Civil Veterinary Dept. Assam report 1927-50 - 1927-1950
Year: 1927
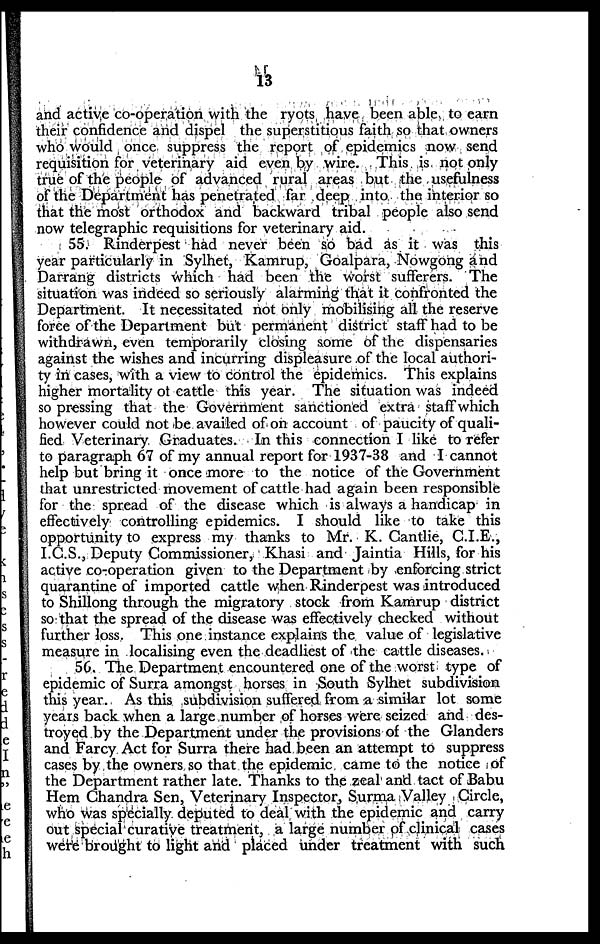
13
and active co-operation with the ryots have been able to earn
their confidence and dispel the superstitious faith so that owners
who would once suppress the report of epidemics now send
requisition for veterinary aid even by wire. This is not only
true of the people of advanced rural areas but the usefulness
of the Department has penetrated far deep into the interior so
that the most orthodox and backward tribal people also send
now telegraphic requisitions for veterinary aid.
55. Rinderpest had never been so bad as it was this
year particularly in Sylhet, Kamrup, Goalpara, Nowgong and
Darrang districts which had been the worst sufferers. The
situation was indeed so seriously alarming that it confronted the
Department. It necessitated not only mobilising all the reserve
force of the Department but permanent district staff had to be
withdrawn, even temporarily closing some of the dispensaries
against the wishes and incurring displeasure of the local authori-
ty in cases, with a view to control the epidemics. This explains
higher mortality of cattle this year. The situation was indeed
so pressing that the Government sanctioned extra staff which
however could not be availed of on account of paucity of quali-
fied Veterinary Graduates. In this connection I like to refer
to paragraph 67 of my annual report for 1937-38 and I cannot
help but bring it once more to the notice of the Government
that unrestricted movement of cattle had again been responsible
for the spread of the disease which is always a handicap in
effectively controlling epidemics. I should like to take this
opportunity to express my thanks to Mr. K. Cantlie, C.I.E.,
I.C.S., Deputy Commissioner, Khasi and Jaintia Hills, for his
active co-operation given to the Department by enforcing strict
quarantine of imported cattle when Rinderpest was introduced
to Shillong through the migratory stock from Kamrup district
so that the spread of the disease was effectively checked without
further loss. This one instance explains the value of legislative
measure in localising even the deadliest of the cattle diseases.
56. The Department encountered one of the worst type of
epidemic of Surra amongst horses in South Sylhet subdivision
this year. As this subdivision suffered from a similar lot some
years back when a large number of horses were seized and des-
troyed by the Department under the provisions of the Glanders
and Farcy Act for Surra there had been an attempt to suppress
cases by the owners so that the epidemic came to the notice of
the Department rather late. Thanks to the zeal and tact of Babu
Hem Chandra Sen, Veterinary Inspector, Surma Valley Circle,
who was specially deputed to deal with the epidemic and carry
out special curative treatment, a large number of clinical cases
were brought to light and placed under treatment with such